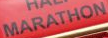
MARATHON